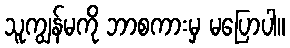
သူကျွန်မကို ဘာစကားမှ မပြောပါ။